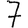
Digit: 7